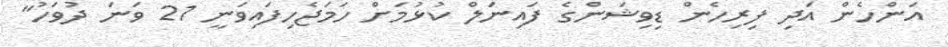
އަންހެން އަދި ފިރިހެން ޑިވިޝަންގެ ފައިނަލް ކުޅުމަށް ހަމަޖެހިފައިވަނީ 21 ވަނަ ދުވަހު"